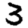
Digit: 3